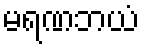
မရဏဘယံ